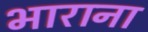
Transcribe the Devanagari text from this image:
भाराना